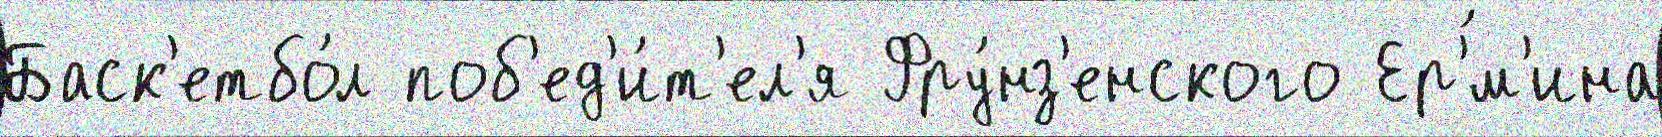
Баск'етбо́л поб'ед'и́т'ел'я Фру́нз'енского Ер'́м'ина